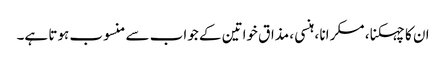
ان کا چہکنا ، مسکرانا ، ہنسی ، مذاق خواتین کے جواب سے منسوب ہوتا ہے۔